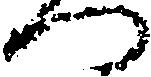
つ